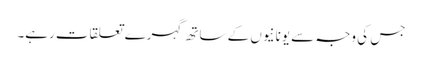
جس کی وجہ سے یونانیوں کے ساتھ گہرے تعلقات رہے۔